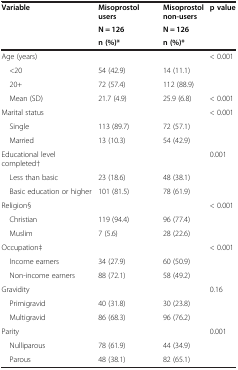
<table><thead><tr><td><b>Variable</b></td><td><b>Misoprostol users</b></td><td><b>Misoprostol non-users</b></td><td><b>p value</b></td></tr><tr><td><b> </b></td><td><b>N = 126</b></td><td><b>N = 126</b></td><td><b> </b></td></tr><tr><td><b> </b></td><td><b>n (%)*</b></td><td><b>n (%)*</b></td><td><b> </b></td></tr></thead><tbody><tr><td>Age (years)</td><td> </td><td> </td><td>&lt; 0.001</td></tr><tr><td> &lt;20</td><td>54 (42.9)</td><td>14 (11.1)</td><td> </td></tr><tr><td> 20+</td><td>72 (57.4)</td><td>112 (88.9)</td><td> </td></tr><tr><td> Mean (SD)</td><td>21.7 (4.9)</td><td>25.9 (6.8)</td><td>&lt; 0.001</td></tr><tr><td>Marital status</td><td> </td><td> </td><td>&lt; 0.001</td></tr><tr><td> Single</td><td>113 (89.7)</td><td>72 (57.1)</td><td> </td></tr><tr><td> Married</td><td>13 (10.3)</td><td>54 (42.9)</td><td> </td></tr><tr><td>Educational level completed†</td><td> </td><td> </td><td>0.001</td></tr><tr><td> Less than basic</td><td>23 (18.6)</td><td>48 (38.1)</td><td> </td></tr><tr><td> Basic education or higher</td><td>101 (81.5)</td><td>78 (61.9)</td><td> </td></tr><tr><td>Religion§</td><td> </td><td> </td><td>&lt; 0.001</td></tr><tr><td> Christian</td><td>119 (94.4)</td><td>96 (77.4)</td><td> </td></tr><tr><td> Muslim</td><td>7 (5.6)</td><td>28 (22.6)</td><td> </td></tr><tr><td>Occupation‡</td><td> </td><td> </td><td>&lt; 0.001</td></tr><tr><td> Income earners</td><td>34 (27.9)</td><td>60 (50.9)</td><td> </td></tr><tr><td> Non-income earners</td><td>88 (72.1)</td><td>58 (49.2)</td><td> </td></tr><tr><td>Gravidity</td><td> </td><td> </td><td>0.16</td></tr><tr><td> Primigravid</td><td>40 (31.8)</td><td>30 (23.8)</td><td> </td></tr><tr><td> Multigravid</td><td>86 (68.3)</td><td>96 (76.2)</td><td> </td></tr><tr><td>Parity</td><td> </td><td> </td><td>0.001</td></tr><tr><td> Nulliparous</td><td>78 (61.9)</td><td>44 (34.9)</td><td> </td></tr><tr><td> Parous</td><td>48 (38.1)</td><td>82 (65.1)</td><td> </td></tr></tbody></table>